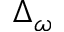
\Delta _ { \omega }